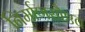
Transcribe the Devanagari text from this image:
निर्माणसौष्ठव